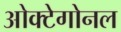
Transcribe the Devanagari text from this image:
ओक्टेगोनल